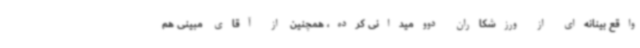
واقع بینانه‌ای از ورزشکاران دوومیدانی کرده، همچنین از آقای مبینی هم